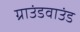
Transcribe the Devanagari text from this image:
ग्राउंडवाउंड